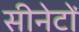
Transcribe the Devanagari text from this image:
सीनेटों